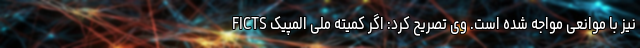
FICTS نیز با موانعی مواجه شده است. وی تصریح کرد: اگر کمیته ملی المپیک